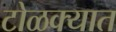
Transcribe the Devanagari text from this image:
टोळक्यात